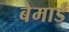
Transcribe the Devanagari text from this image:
बेमार्ड